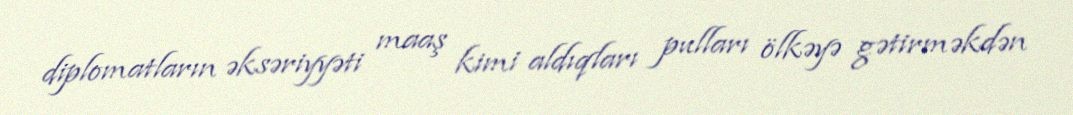
diplomatların əksəriyyəti maaş kimi aldıqları pulları ölkəyə gətirməkdən